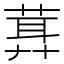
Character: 𦶪